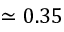
\simeq 0 . 3 5